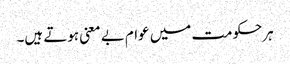
ہرحکومت میں عوام بے معنی ہوتے ہیں۔